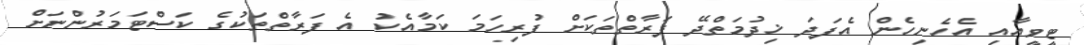
ޓީވީއާއި އެހެނިހެން އެފަދަ ޚިދުމަތްދޭ ފަރާތްތަކަށް ފުރިހަމަ ކަމާއެކު އެ ފަރާތްތަކުގެ ކަސްޓަމަރުންނަށް